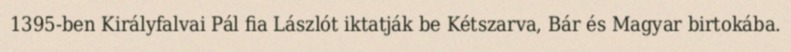
1395-ben Királyfalvai Pál fia Lászlót iktatják be Kétszarva, Bár és Magyar birtokába.